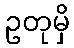
ဥတုမှိ